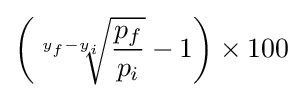
\left({\sqrt[{y_{f}-y_{i}}]{\frac {p_{f}}{p_{i}}}}-1\right)\times 100